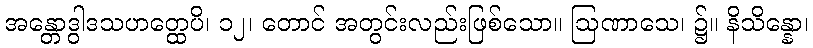
အန္တောဒွါဒသဟတ္ထေပိ၊ ၁၂၊ တောင် အတွင်းလည်းဖြစ်သော။ ဩဏာသေ၊ ၌။ နိသိန္နော၊